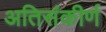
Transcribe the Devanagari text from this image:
अतिसंकीर्ण